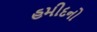
હમીદનો